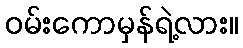
ဝမ်းကောမှန်ရဲ့လား။